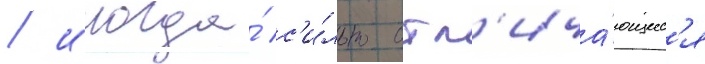
/ иногда́ с'и́льно отл'ича́ющиес'я